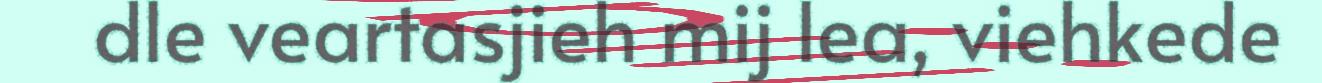
dle veartasjieh mij lea, viehkede